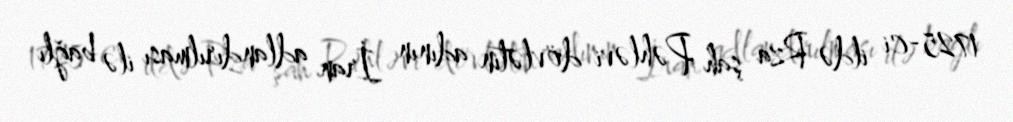
1725-ci ildə Rza şah Pəhləvi dövlətin adının İran adlandırılması ilə bağlı